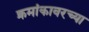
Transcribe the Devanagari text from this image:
क्रमांकावरच्या